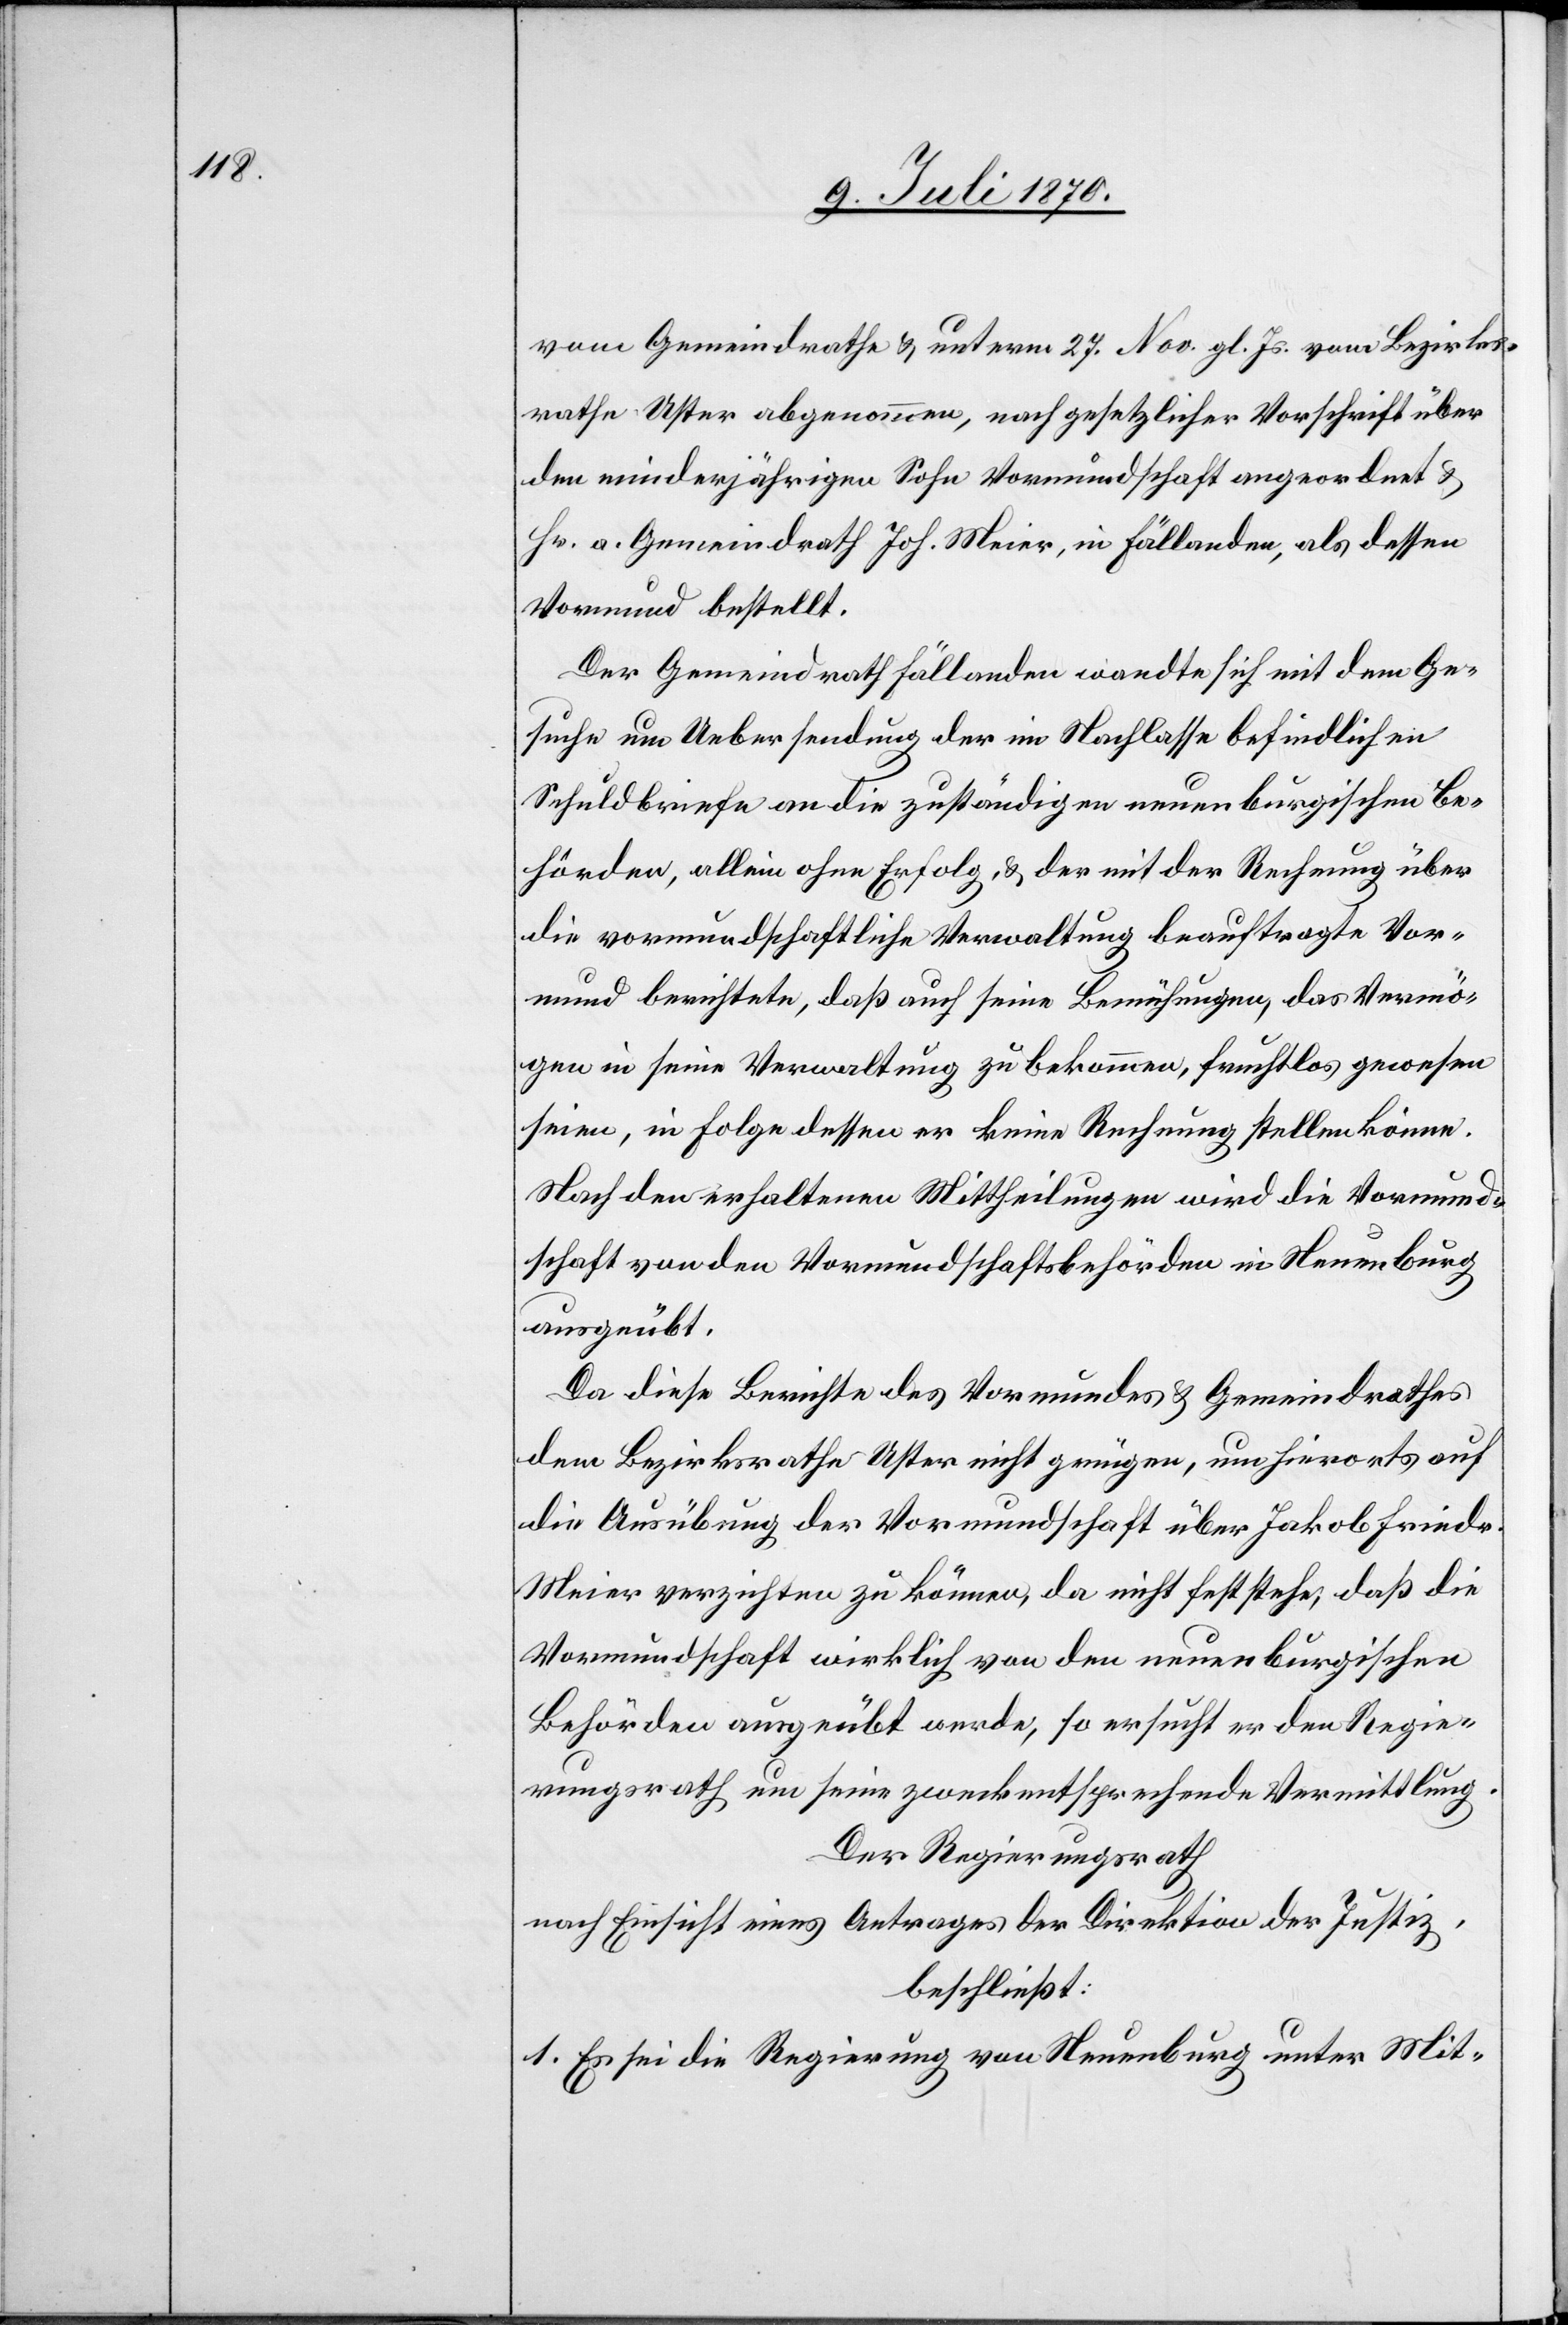
vom Gemeindrathe & unterm 27. Nov. gl. Js. vom Bezirks¬
rathe Uster abgenommen, nach gesetzlicher Vorschrift über
den minderjährigen Sohn Vormundschaft angeordnet &
Hr. a. Gemeindrath Joh. Meier, in Fällanden, als dessen
Vormund bestellt.
Der Gemeindrath Fällanden wandte sich mit dem Ge¬
suche um Uebersendung der im Nachlasse befindlichen
Schuldbriefe an die zuständigen neuenburgischen Be¬
hörden, allein ohne Erfolg, & der mit der Rechnung über
die vormundschaftliche Verwaltung beauftragte Vor¬
mund berichtete, daß auch seine Bemühungen, das Vermö¬
gen in seine Verwaltung zu bekommen, fruchtlos gewesen
seien, in Folge dessen er keine Rechnung stellen könne.
Nach den erhaltenen Mittheilungen wird die Vormund¬
schaft von den Vormundschaftsbehörden in Neuenburg
ausgeübt.
Da diese Berichte des Vormundes & Gemeindrathes
dem Bezirksrathe Uster nicht genügen, um hierorts auf
die Ausübung der Vormundschaft über Jakob Friedr.
Meier verzichten zu können, da nicht feststehe, daß die
Vormundschaft wirklich von den neuenburgischen
Behörden ausgeübt werde, so ersucht er den Regie¬
rungsrath um seine zweckentsprechende Vermittlung.
Der Regierungsrath
nach Einsicht eines Antrages der Direktion der Justiz,
beschließt:
1. Es sei die Regierung von Neuenburg unter Mit-